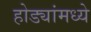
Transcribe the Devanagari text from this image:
होड्यांमध्ये